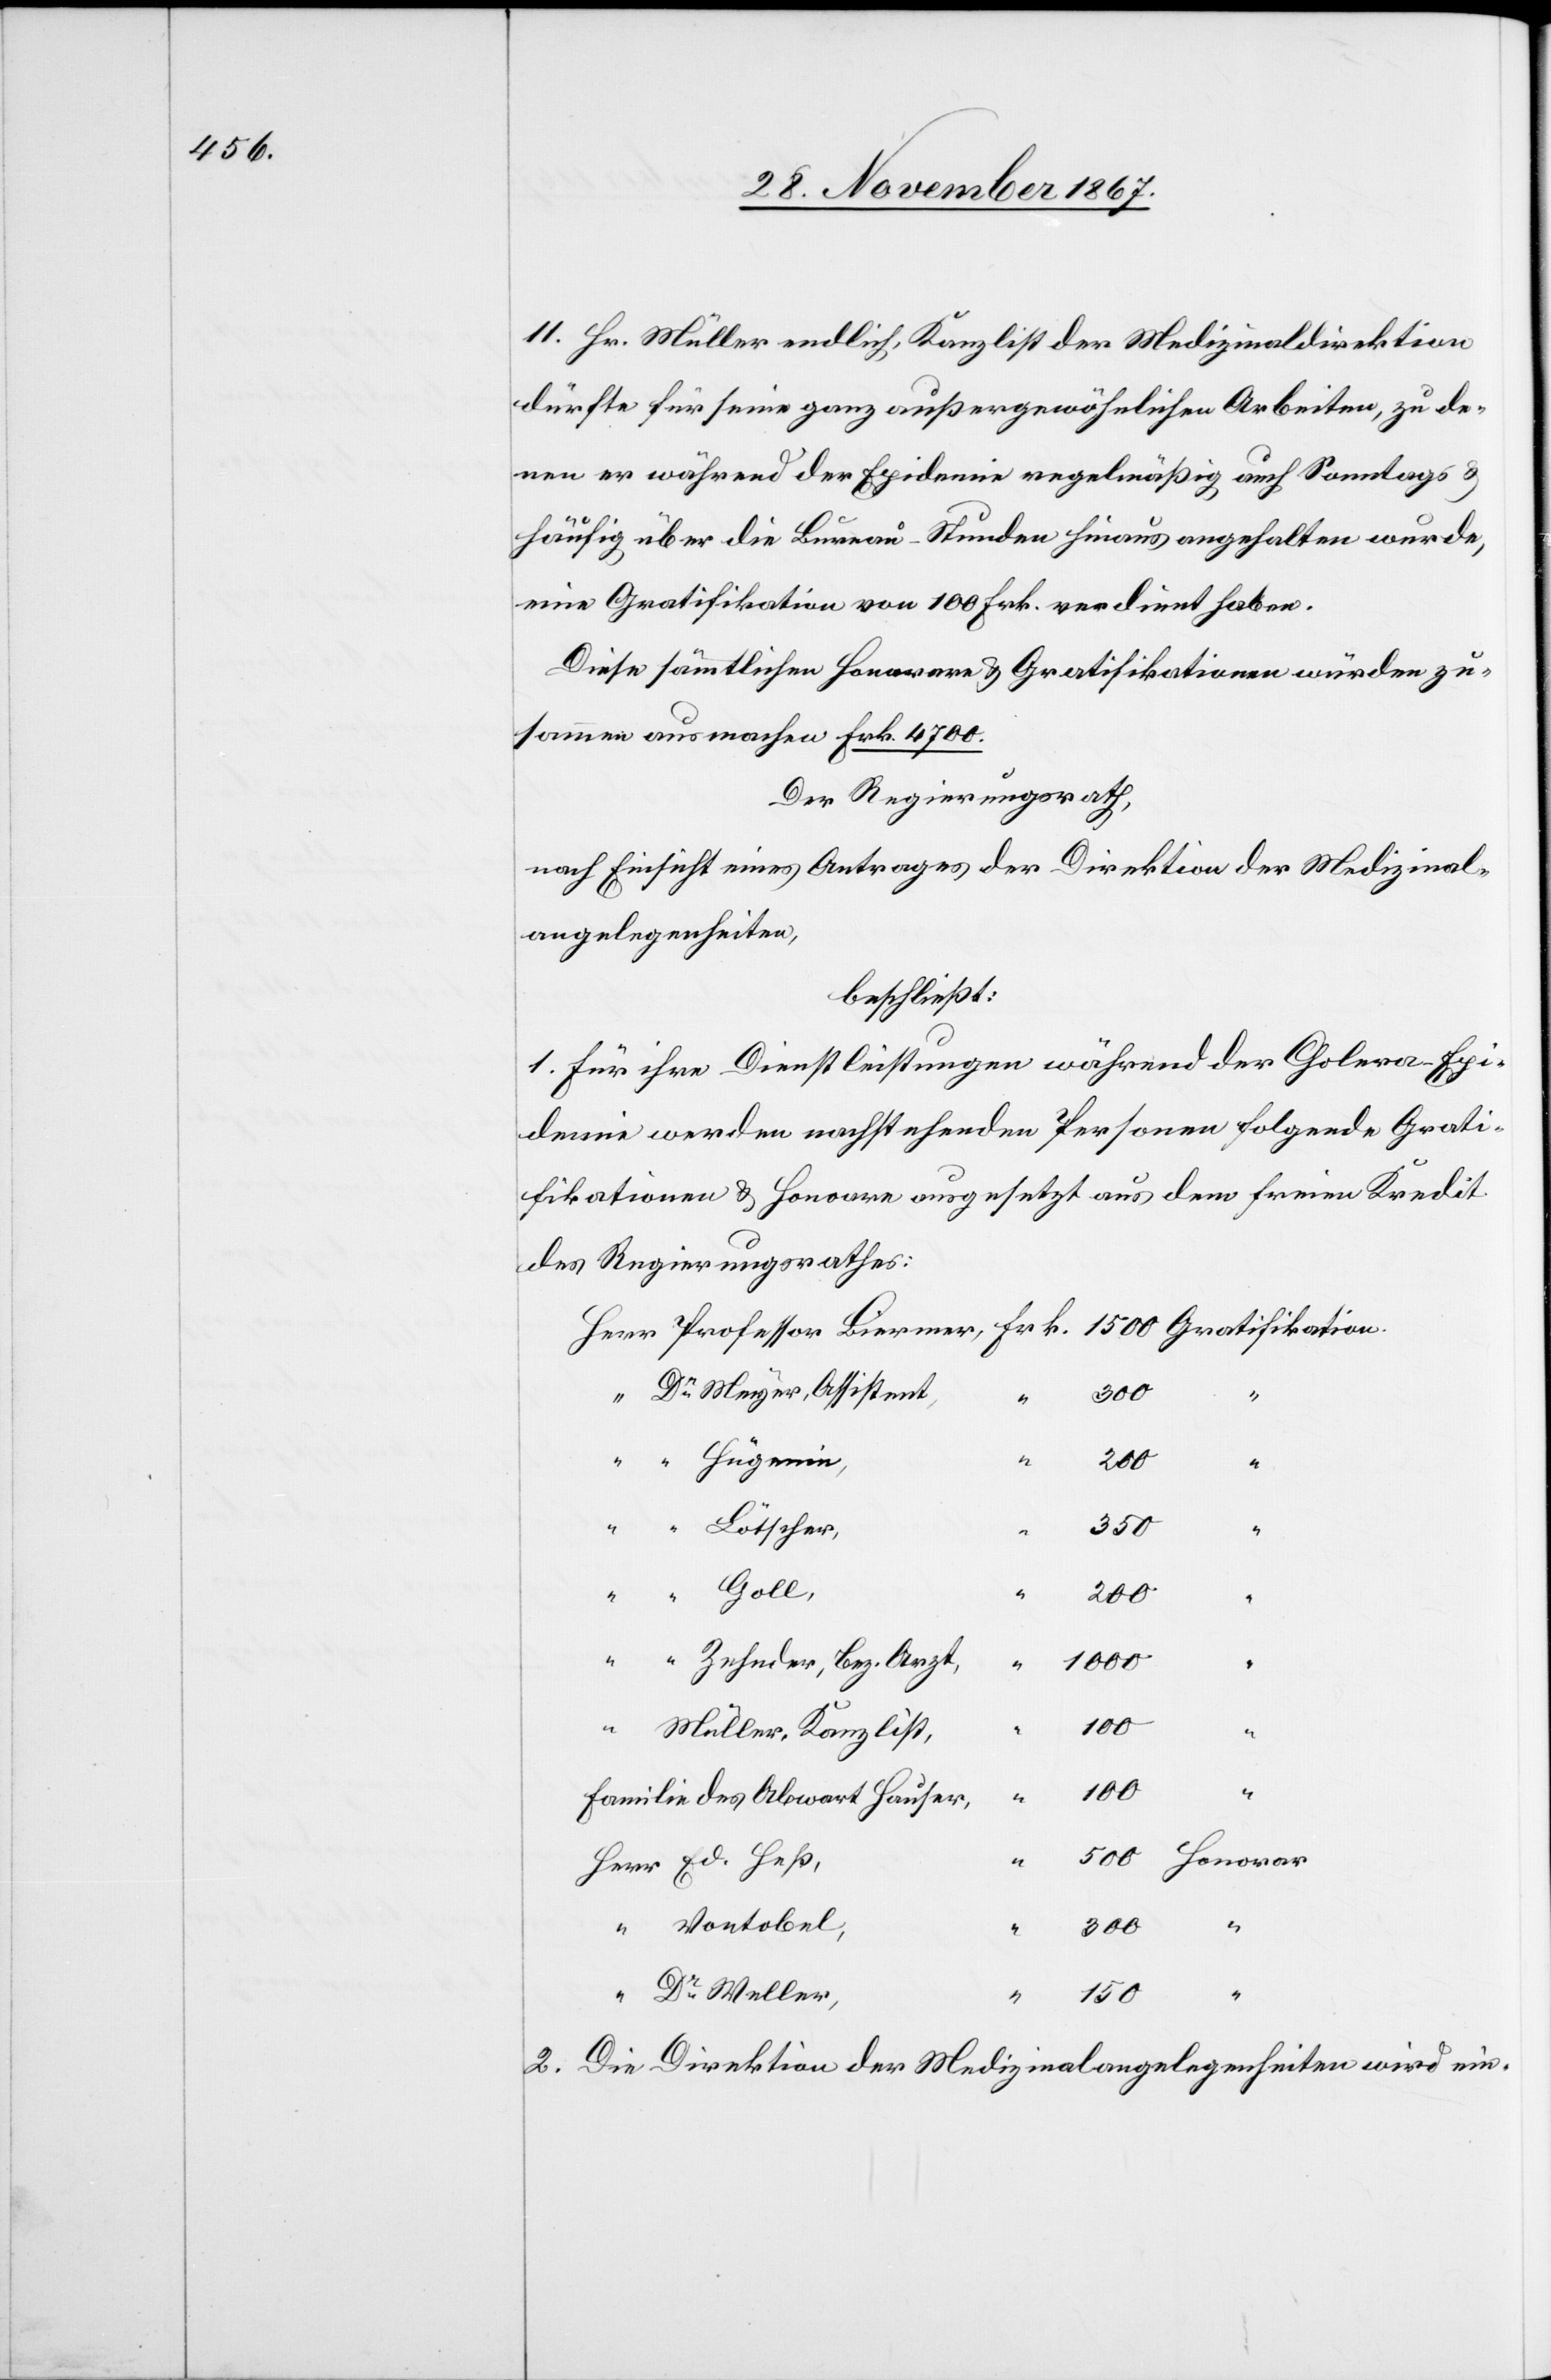
11. Hr. Müller endlich, Kanzlist der Medizinaldirektion
dürfte für seine ganz außerordentlichen Arbeiten, zu de¬
nen er während der Epidemie regelmäßig auch Sonntags u.
häufig über die Bureau-Stunden hinaus angehalten wurde,
eine Gratifikation von 100 Frk. verdient haben.
Diese sämmtlichen Honorare u. Gratifikationen würden zu¬
sammen ausmachen Frk. 4700.
Der Regierungsrath,
nach Einsicht eines Antrages der Direktion der Medizinal¬
angelegenheiten,
beschließt:
1. Für ihre Dienstleistungen während der Cholera-Epi¬
demie werden nachstehenden Personen folgende Grati¬
fiaktionen u. Honorare ausgesetzt aus dem freien Kredit
des Regierungsrathes:
Dr. Meyer, Assistant,
300
“
“
“ Hügenin
200
“
350
Lötscher
Goll
Herr
200
“ Zehnder, Bez. Arzt,
“
Müller, Kanzlist
“
100
“
Familie des Abwart Hauser
Vontobel
Dr. Weller
Honorar
150
Direktion der Medizinalangelegenheiten wird ein-
2. Die